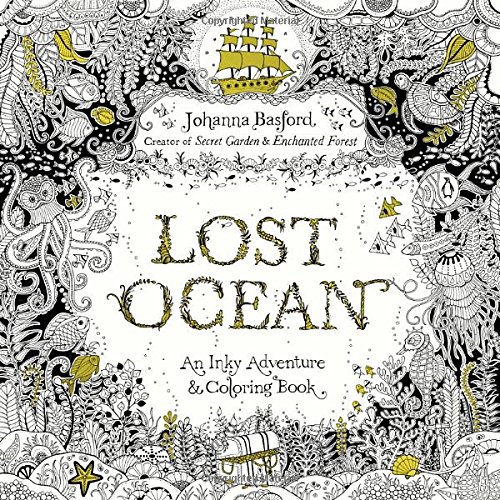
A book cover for Lost Ocean: An Inky Adventure and Coloring Book; Johanna Basford; Arts & Photography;